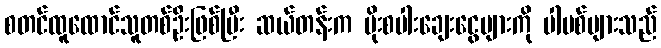
စတင်ထူထောင်သူတစ်ဦးဖြစ်ပြီး ဆယ်တန်းက မိုးစပါးချေးငွေများကို ပါမစ်များသည်